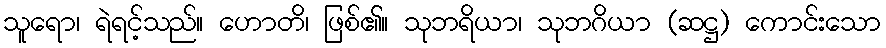
သူရော၊ ရဲရင့်သည်။ ဟောတိ၊ ဖြစ်၏။ သုဘရိယာ၊ သုဘဂိယာ (ဆဋ္ဌ) ကောင်းသော